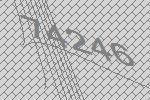
74246